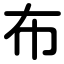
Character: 布